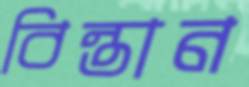
বিন্তান